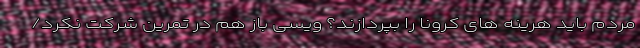
مردم باید هرینه های کرونا را بپردازند؟ ویسی باز هم در تمرین شرکت نکرد/